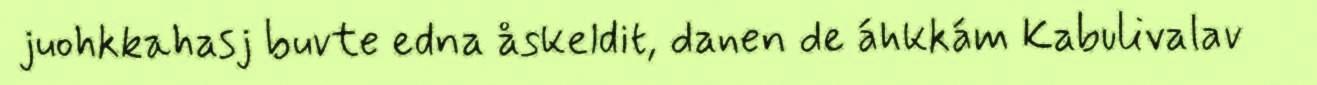
juohkkahasj buvte edna åskeldit, danen de áhkkám Kabulivalav